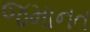
જમાનત